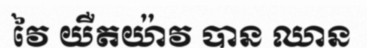
វៃ យឺតយ៉ាវ បាន ឈាន